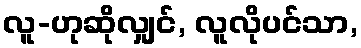
လူ-ဟုဆိုလျှင်, လူလိုပင်သာ,